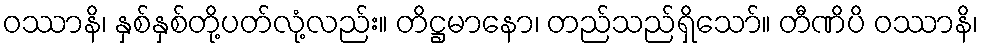
ဝဿာနိ၊ နှစ်နှစ်တို့ပတ်လုံ့လည်း။ တိဋ္ဌမာနော၊ တည်သည်ရှိသော်။ တီဏိပိ ဝဿာနိ၊